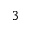
^ 3